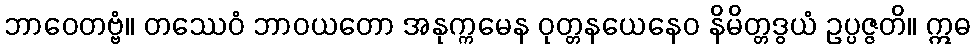
ဘာဝေတဗ္ဗံ။ တဿေဝံ ဘာဝယတော အနုက္ကမေန ဝုတ္တနယေနေဝ နိမိတ္တဒွယံ ဥပ္ပဇ္ဇတိ။ ဣဓ